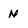
Character: N